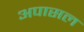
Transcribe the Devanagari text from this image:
अपासल